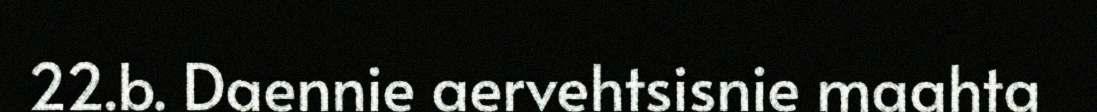
22.b. Daennie aervehtsisnie maahta